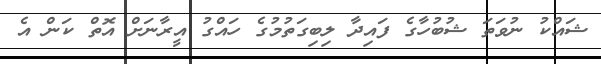
ޝައްކު ނުވަތަ ޝުބުހާގެ ފައިދާ ލިބިގަތުމުގެ ހައްގު އީރާނަށް އޮތް ކަން އެ